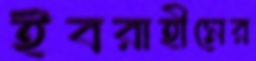
ইবরাহীমের